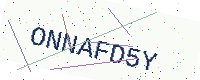
Text: ONNAFD5Y